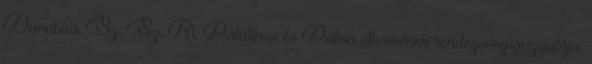
Danubius Sz. Sz. Rt. Palatinus és Pátria éttermének rendezvényigazgatója.